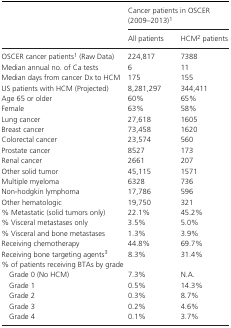
| <ROWSPAN=2>  | <COLSPAN=2> Cancer patients in OSCER (2009–2013)a |
 | All patients | HCMb patients |
 | --- | --- | --- |
 | OSCER cancer patientsa (Raw Data) | 224,817 | 7388 |
 | Median annual no. of Ca tests | 6 | 11 |
 | Median days from cancer Dx to HCM | 175 | 155 |
 | US patients with HCM (Projected) | 8,281,297 | 344,411 |
 | Age 65 or older | 60% | 65% |
 | Female | 63% | 58% |
 | Lung cancer | 27,618 | 1605 |
 | Breast cancer | 73,458 | 1620 |
 | Colorectal cancer | 23,574 | 560 |
 | Prostate cancer | 8527 | 173 |
 | Renal cancer | 2661 | 207 |
 | Other solid tumor | 45,115 | 1571 |
 | Multiple myeloma | 6328 | 736 |
 | Non‐hodgkin lymphoma | 17,786 | 596 |
 | Other hematologic | 19,750 | 321 |
 | % Metastatic (solid tumors only) | 22.1% | 45.2% |
 | % Visceral metastases only | 3.5% | 5.0% |
 | % Visceral and bone metastases | 1.3% | 3.9% |
 | Receiving chemotherapy | 44.8% | 69.7% |
 | Receiving bone targeting agentsc | 8.3% | 31.4% |
 | <COLSPAN=3> % of patients receiving BTAs by grade |
 | Grade 0 (No HCM) | 7.3% | N.A. |
 | Grade 1 | 0.5% | 14.3% |
 | Grade 2 | 0.3% | 8.7% |
 | Grade 3 | 0.2% | 4.6% |
 | Grade 4 | 0.1% | 3.7% |